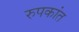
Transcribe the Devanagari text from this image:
रुपकांत